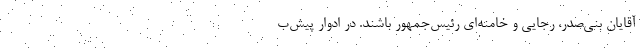
آقایان بنی‌صدر، رجایی و خامنه‌ای رئیس‌جمهور باشند. در ادوار پیش‌ب